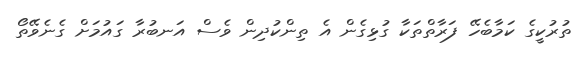
ތުރުކީގެ ކަމާބެހޭ ފަރާތްތަކާ ގުޅިގެން އެ ތިންކުދިން ވެސް އަނބުރާ ގައުމަށް ގެނެވޭތޯ